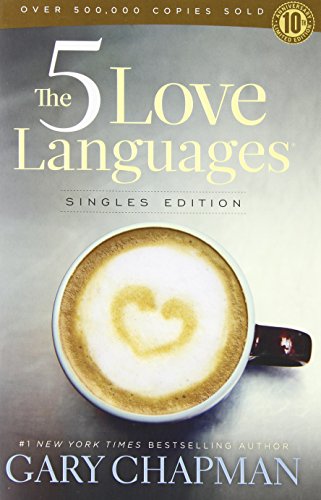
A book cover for The 5 Love Languages Singles Edition; Gary D Chapman; Parenting & Relationships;